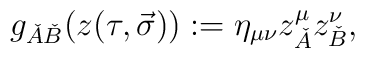
g_{\check{A}\check{B}}(z(\tau ,\vec{\sigma})):=\eta _{\mu \nu }z_{\check{A}}^{\mu }z_{\check{B}}^{\nu },